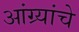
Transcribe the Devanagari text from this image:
आंग्र्यांचे